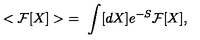
< { \cal F } [ X ] > \ = \ \int [ d X ] e ^ { - S } { \cal F } [ X ] ,